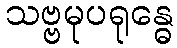
သဗ္ဗမုပရုန္ဓေ